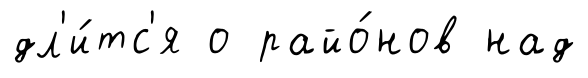
дл'и́тс'я о райо́нов над